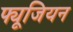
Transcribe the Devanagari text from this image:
फ्यूजियन